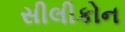
સીલીકોન